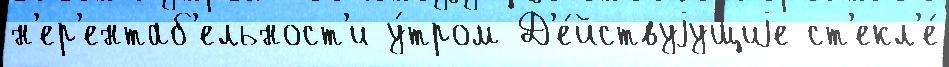
н'ер'ентаб'ельност'и у́тром Д'е́йствуjущиjе ст'екл'е́